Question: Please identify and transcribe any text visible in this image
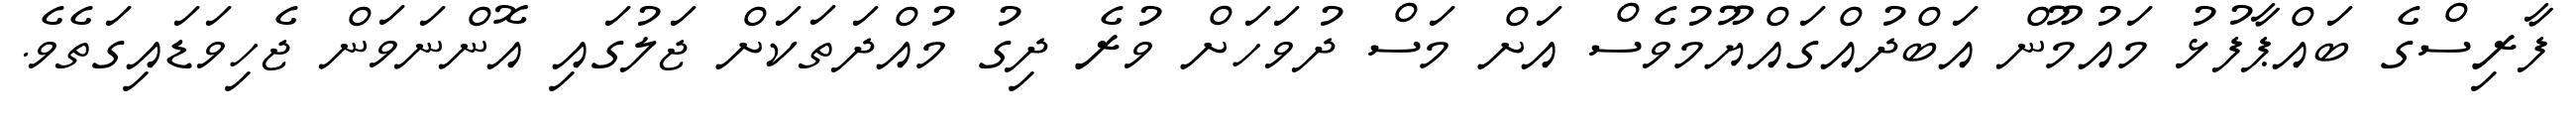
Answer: ފާރިސްގެ ބައްޕާފުޅު މައުމޫން އަބްދުއްގައްޔޫމުވެސް އަށް މަސް ދުވަހަށް ވުރެ ދިގު މުއްދަތަކަށް ޖަލުގައި އޮންނަވަން ޖެހިވަޑައިގަތެވެ.